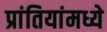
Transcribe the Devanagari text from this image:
प्रांतियांमध्ये